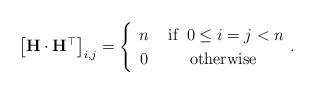
LaTeX: \begin{align*}\left[\mathbf{H}\cdot\mathbf{H}^{\top}\right]_{i,j}=\begin{cases}\begin{array}{cc}n & \mbox{ if }\:0\le i=j<n\\0 & \mbox{otherwise}\end{array}.\end{cases}\end{align*}